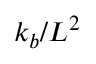
k _ { b } / L ^ { 2 }